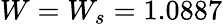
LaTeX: W=W_{s}=1.0887